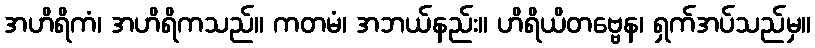
အဟိရိကံ၊ အဟိရိကသည်။ ကတမံ၊ အဘယ်နည်း။ ဟိရိယိတဗ္ဗေန၊ ရှက်အပ်သည်မှ။